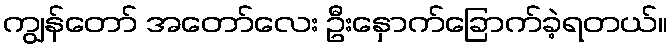
ကျွန်တော် အတော်လေး ဦးနှောက်ခြောက်ခဲ့ရတယ်။